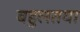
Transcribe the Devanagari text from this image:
बहुलतया